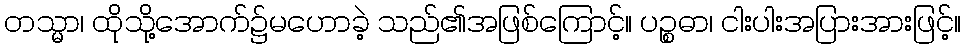
တသ္မာ၊ ထိုသို့အောက်၌မဟောခဲ့ သည်၏အဖြစ်ကြောင့်။ ပဉ္စဓာ၊ ငါးပါးအပြားအားဖြင့်။